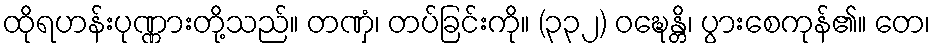
ထိုရဟန်းပုဏ္ဏားတို့သည်။ တဏှံ၊ တပ်ခြင်းကို။ (၃၃၂) ဝဍ္ဎေန္တိ၊ ပွားစေကုန်၏။ တေ၊